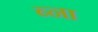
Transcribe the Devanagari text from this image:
ब्ना